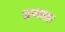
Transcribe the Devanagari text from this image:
हमत्ता